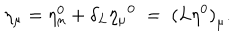
\eta _ { \mu } = \eta _ { \mu } ^ { 0 } + \delta _ { L } { \eta _ { \mu } } ^ { 0 } \; = \; { ( L \eta ^ { 0 } ) } _ { \mu } .